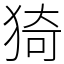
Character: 猗